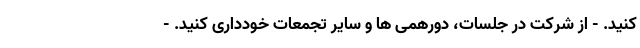
کنید. - از شرکت در جلسات، دورهمی ها و سایر تجمعات خودداری کنید. -